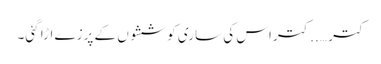
کتر …..کتراس کی ساری کوششوں کے پرزے اڑا گئی۔